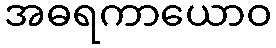
အဓရကာယောဝ